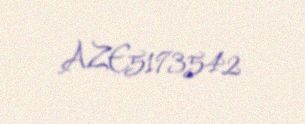
AZE5173542